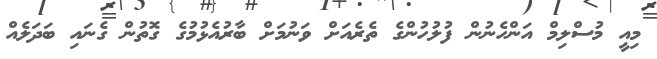
މިއީ މުސްލިމް އަންހެނުން ފުލުހުންގެ ތެރެއަށް ވަނުމަށް ބާރުއެޅުމުގެ ގޮތުން ގެނައި ބަދަލެއް